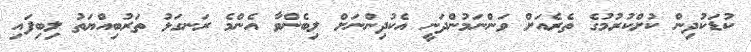
ކުޑަކުދިން ކުށްކުރުމުގެ ތެރެއަށް ވަންނަމުންދަނީ އެކުދިންނަށް ލިބެންވާ އެންމެ ރަނގަޅު ތަރުބިއްޔަތު ލިބިފައި